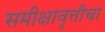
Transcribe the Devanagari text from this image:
समीक्षावृत्तीचा